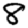
Digit: 8